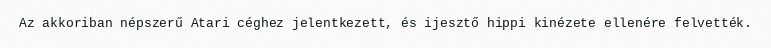
Az akkoriban népszerű Atari céghez jelentkezett, és ijesztő hippi kinézete ellenére felvették.